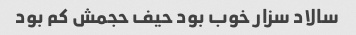
سالاد سزار خوب بود حیف حجمش کم بود